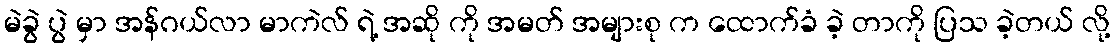
မဲခွဲ ပွဲ မှာ အန်ဂယ်လာ မာကဲလ် ရဲ့ အဆို ကို အမတ် အများစု က ထောက်ခံ ခဲ့ တာကို ပြသ ခဲ့တယ် လို့